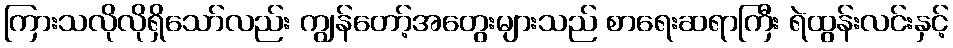
ကြားသလိုလိုရှိသော်လည်း ကျွန်တော့်အတွေးများသည် စာရေးဆရာကြီး ရဲထွန်းလင်းနှင့်